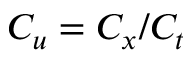
C _ { u } = C _ { x } / C _ { t }